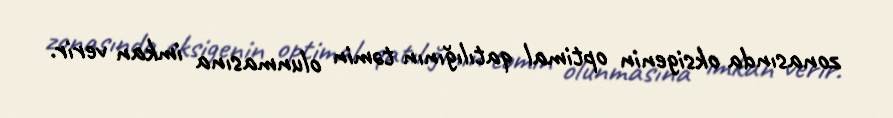
zonasında oksigenin optimal qatılığının təmin olunmasına imkan verir.